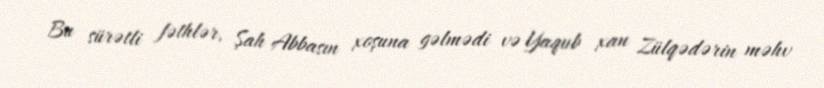
Bu sürətli fəthlər, Şah Abbasın xoşuna gəlmədi və Yaqub xan Zülqədərin məhv